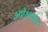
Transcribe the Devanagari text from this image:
अपेक्षाभेद